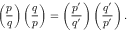
\left( { \frac { p } { q } } \right) \left( { \frac { q } { p } } \right) = \left( { \frac { p ^ { \prime } } { q ^ { \prime } } } \right) \left( { \frac { q ^ { \prime } } { p ^ { \prime } } } \right) .